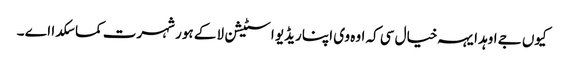
کیوں جے اوہد ایہہ خیال سی کہ اوہ وی اپنا ریڈیو اسٹیشن لا کے ہور شہرت کما سکدا اے ۔